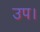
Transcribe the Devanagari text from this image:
उप।